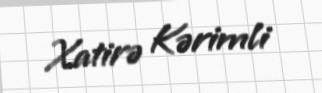
Xatirə Kərimli